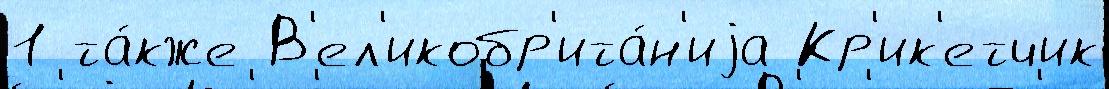
1 та́кже В'ел'икобр'ита́н'иjа Кр'ик'етчик